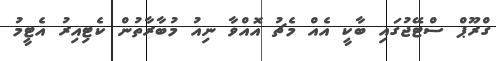
ގްރޫޕް ސްޓޭޖުގައި ބާކީ އެއް މެޗު އޮއްވާ ނިއު މުބާރާތުން ކެޓިއިރު އެޓީމު